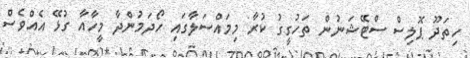
ހިތަދޫ ޕޮލިސް ސްޓޭޝަނުން ތަހުގީގު ކުރާ މިމައްސަލާގައި ހޯދަމުންދާ މީހާއާ ގުޅޭ އެއްވެސް